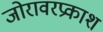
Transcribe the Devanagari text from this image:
जोरावरप्रकाश